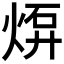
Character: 𤊠